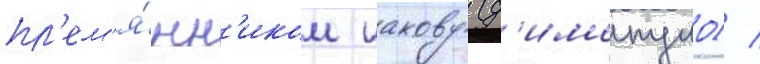
пл'ем'я́нн'иком иакову (д'имопуло) /